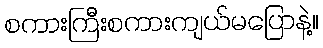
စကားကြီးစကားကျယ်မပြောနဲ့။